Report on vaccination in Madras 1895-1903 - 1895-1903
Year: 1895
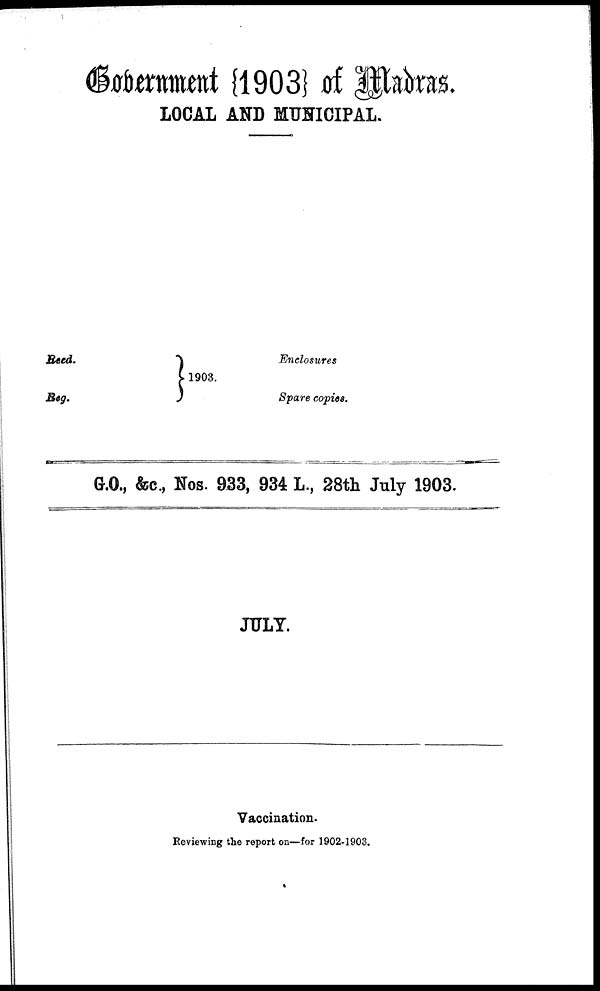
Government{1903} of Madras.
LOCAL AND MUNICIPAL.
Reed.
Reg.
1903.
Enclosures
Spare copies.
G.O., &c, Nos. 933, 934 L., 28th July 1903.
JULY.
Vaccination.
Reviewing the report on—for 1902-1903.